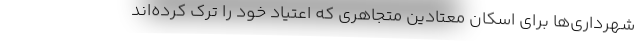
شهرداری‌ها برای اسکان معتادین متجاهری که اعتیاد خود را ترک کرده‌اند